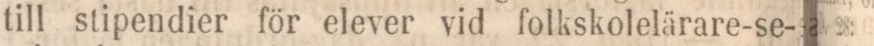
till stipendier för elever vid folkskolelärare-se-